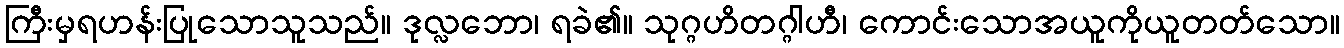
ကြီးမှရဟန်းပြုသောသူသည်။ ဒုလ္လဘော၊ ရခဲ၏။ သုဂ္ဂဟိတဂ္ဂါဟီ၊ ကောင်းသောအယူကိုယူတတ်သော။